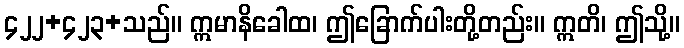
၄၂၂+၄၂၃+သည်။ ဣမာနိခေါထ၊ ဤခြောက်ပါးတို့တည်း။ ဣတိ၊ ဤသို့။